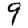
Digit: 9